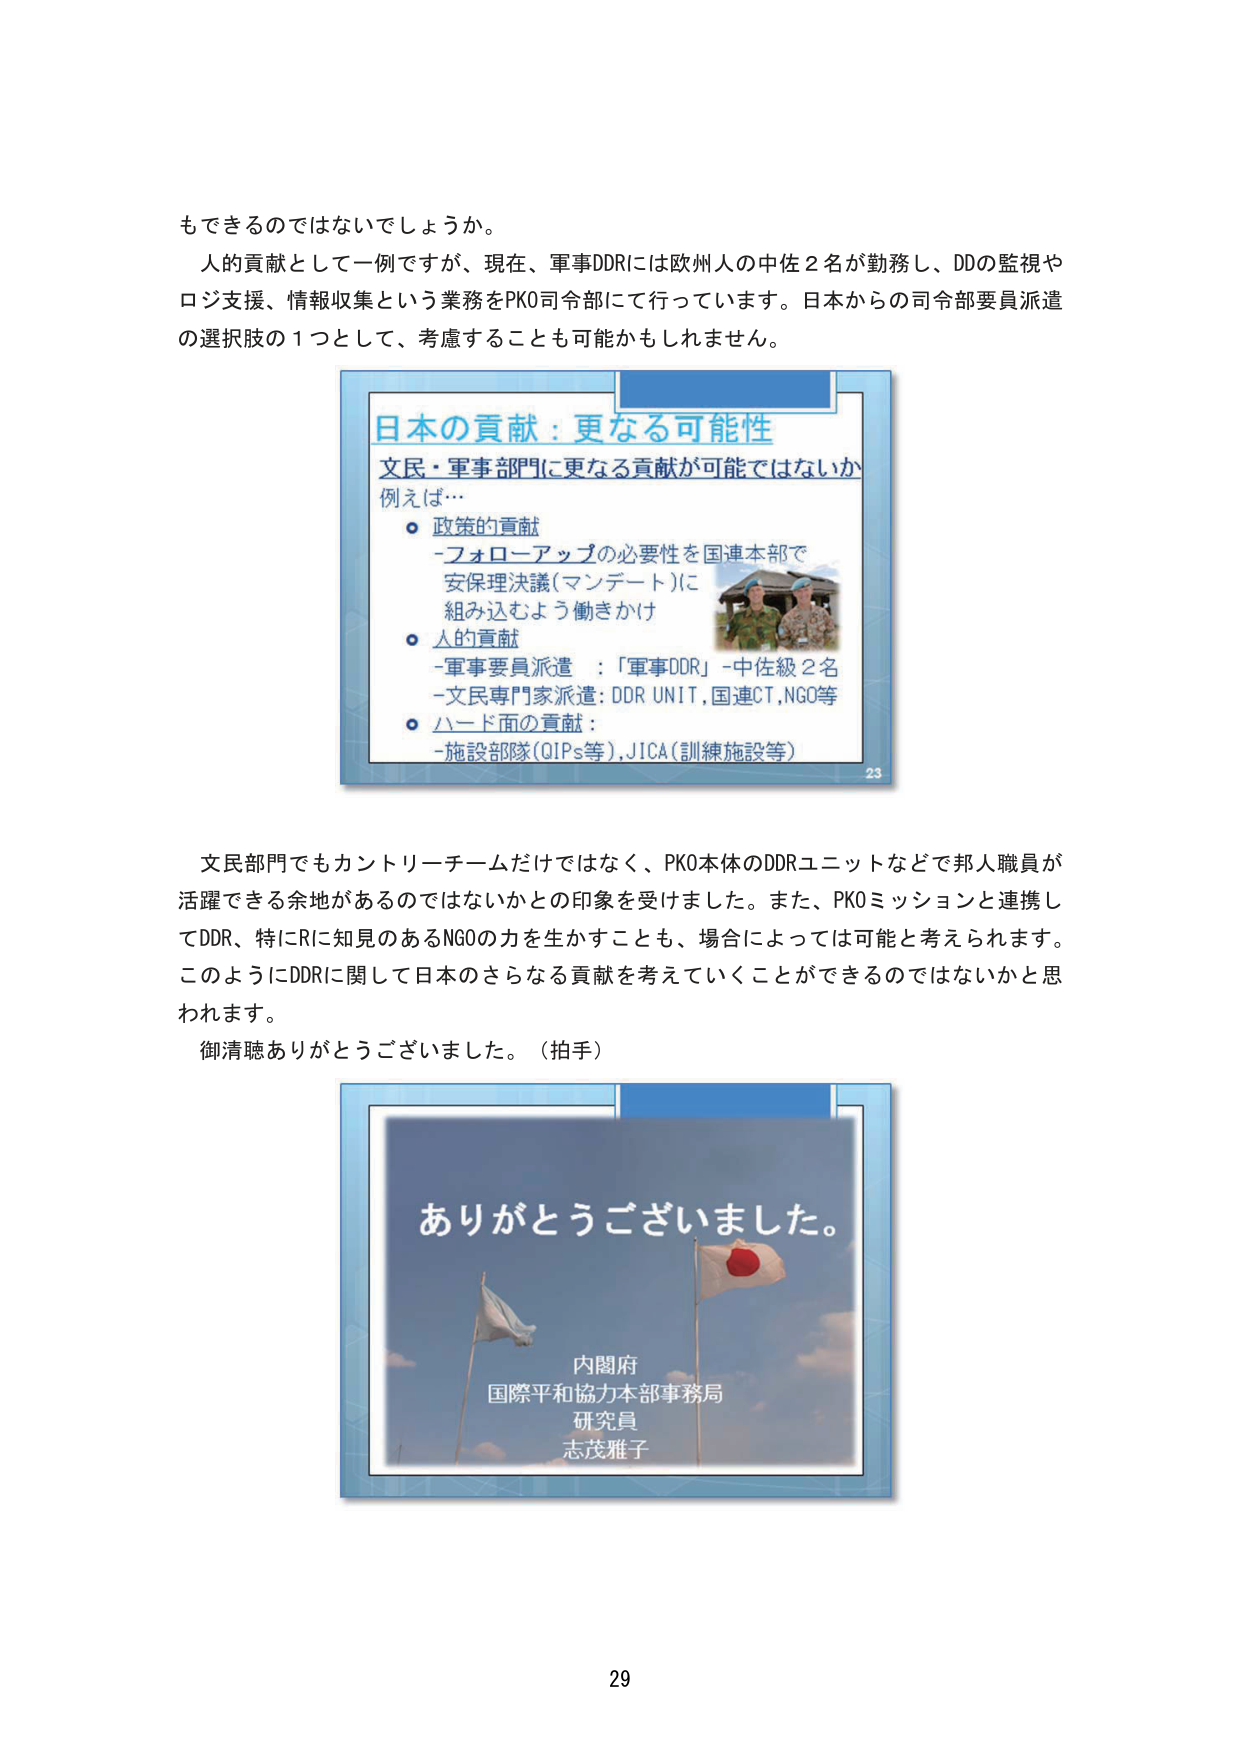
もできるのではないでしょうか。

人的貢献として一例ですが、現在、軍事DDRには欧州人の中佐２名が勤務し、DDの監視や
ロジ支援、情報収集という業務をPKO司令部にて行っています。日本からの司令部要員派遣
の選択肢の１つとして、考慮することも可能かもしれません。

日本の貢献：更なる可能性
文民・軍事部門に更なる貢献が可能ではないか
例えば…
○ 政策的貢献
-フォローアップの必要性を国連本部で
安保理決議（マンデート）に
組み込むよう働きかけ
○ 人的貢献
-軍事要員派遣 ：「軍事DDR」-中佐級２名
-文民専門家派遣：DDR UNIT,国連CT,NGO等
○ ハード面の貢献：
-施設部隊（QIPs等）,JICA（訓練施設等）

23

文民部門でもカントリーチームだけではなく、PKO本体のDDRユニットなどで邦人職員が
活躍できる余地があるのではないかとの印象を受けました。また、PKOミッションと連携し
てDDR、特にRに知見のあるNGOの力を生かすことも、場合によっては可能と考えられます。
このようにDDRに関して日本のさらなる貢献を考えていくことができるのではないかと思
われます。
御清聴ありがとうございました。（拍手）

ありがとうございました。
内閣府
国際平和協力本部事務局
研究員
志茂雅子

29